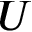
U